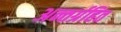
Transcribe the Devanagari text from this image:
अन्तर्ग्रहित